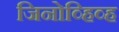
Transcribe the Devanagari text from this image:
जिनोव्हिव्ह